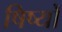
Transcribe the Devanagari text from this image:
षिष्यों